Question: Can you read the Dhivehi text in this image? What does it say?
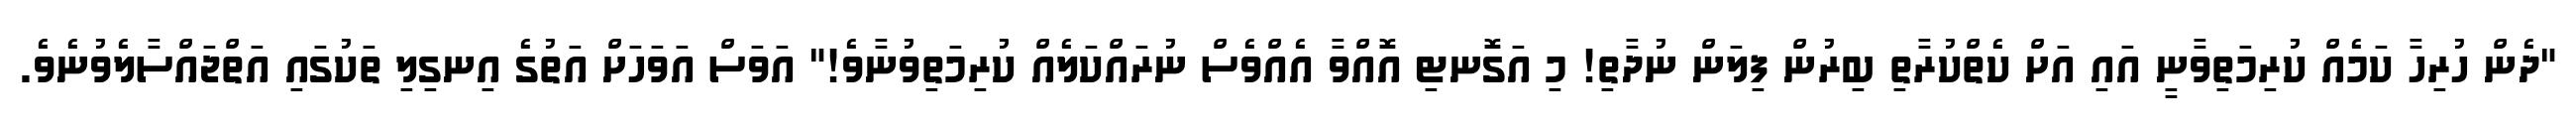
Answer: "ދެން ހުރިހާ ކަމެއް ކުރިމަތިވާނީ އައި އަށް ކެތްކުރާތި ބިރުން ފިލަން ނުދާތި! މި އަގޮނޓި އޮއްވާ އެއްވެސް ނުރައްކަލެއް ކުރިމަތިވުނާވެ!" އަވަސް އަވަހަށް އަތުގެ އިނގިލި ތަކުގައި އަތްޖައްސާލެވުނެވެ.